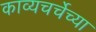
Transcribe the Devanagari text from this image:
काव्यचर्चेच्या